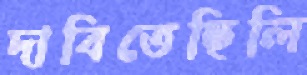
দাবিতেছিলি